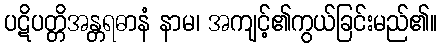
ပဋိပတ္တိအန္တရဓာနံ နာမ၊ အကျင့်၏ကွယ်ခြင်းမည်၏။